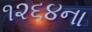
૧૨૬૪ના